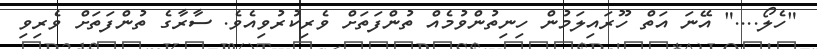
"ހެލޯ...." އޭނަ އަތް ހޫރައިލަމުން ހިނިތުންވުމެއް ތުންފަތަށް ވެރިކުރުވިއެވެ. ސާރާގެ ތުންފަތަށް ވެރިވި